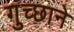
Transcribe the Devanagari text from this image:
गुच्छाने